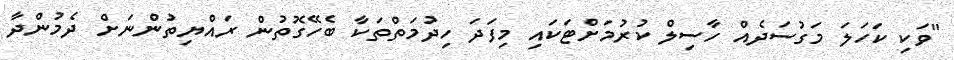
"ވަކި ކަހަލަ މަގުސަދެއް ހާސިލް ކުރުމަށްޓަކައި މިފަދަ ހިދުމަތްތަކާ ބެހޭގޮތުން ރައްޔިތުންނަށް ދެމުންދާ